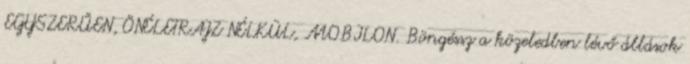
EGYSZERŰEN, ÖNÉLETRAJZ NÉLKÜL, MOBILON. Böngéssz a közeledben lévő állások